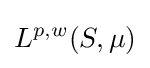
L^{p,w}(S,\mu )